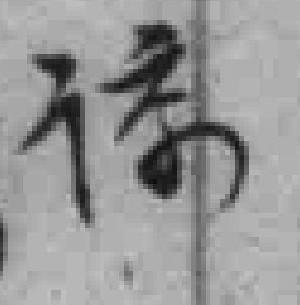
诿